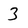
Character: 3